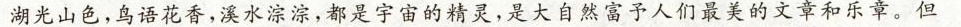
湖光山色，鸟语花香，溪水淙淙，都是宇宙的精灵，是大自然富予人们最美的文章和乐章。但